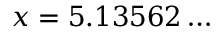
x = 5 . 1 3 5 6 2 \dots